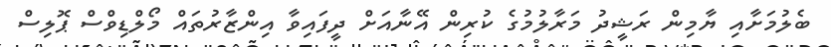
ބެލުމަށާއި ޔާމިން ރަޝީދު މަރާލުމުގެ ކުރިން އޭނާއަށް ދީފައިވާ އިންޒާރުތައް މޯލްޑިވްސް ޕޮލިސް